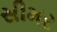
સીમર